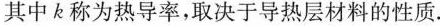
其中 k 称为热导率，取决于导热层材料的性质.